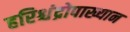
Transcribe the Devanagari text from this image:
हरिश्चंद्रोपाख्यान